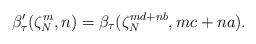
LaTeX: \begin{align*}\beta'_\tau(\zeta_N^m,n) = \beta_\tau(\zeta_N^{md+nb},mc+na).\end{align*}